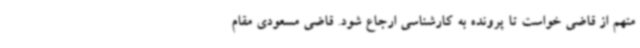
متهم از قاضی خواست تا پرونده به کارشناسی ارجاع شود. قاضی مسعودی مقام